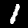
Label: 1